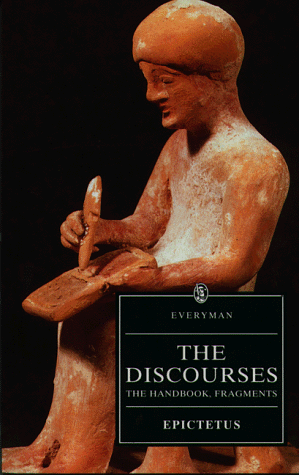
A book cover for The Discourses of Epictetus - The Handbook - Fragments (Everyman's Library); Epictetus; Politics & Social Sciences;